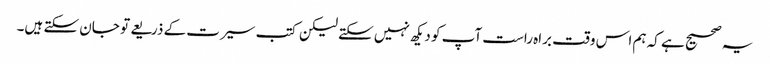
یہ صحیح ہے کہ ہم اس وقت براہ راست آپ کو دیکھ نہیں سکتے لیکن کتب سیرت کے ذریعے تو جان سکتے ہیں۔